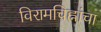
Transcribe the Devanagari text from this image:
विरामचिह्नांचा